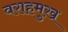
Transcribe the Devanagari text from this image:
वराहमुख